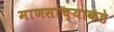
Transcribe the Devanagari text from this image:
माणसांच्याकडे